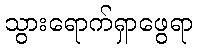
သွားရောက်ရှာဖွေရာ